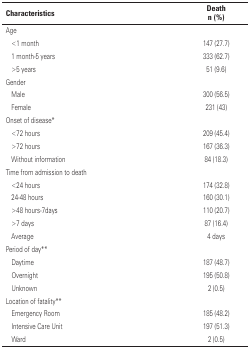
<table><thead><tr><td colspan="2"><b>Characteristics</b></td><td><b>Death n (%)</b></td></tr></thead><tbody><tr><td colspan="3">Age</td></tr><tr><td>[EMPTY_CELL]</td><td>&lt;1 month</td><td>147 (27.7)</td></tr><tr><td>[EMPTY_CELL]</td><td>1 month-5 years</td><td>333 (62.7)</td></tr><tr><td>[EMPTY_CELL]</td><td>&gt;5 years</td><td>51 (9.6)</td></tr><tr><td colspan="3">Gender</td></tr><tr><td>[EMPTY_CELL]</td><td>Male</td><td>300 (56.5)</td></tr><tr><td>[EMPTY_CELL]</td><td>Female</td><td>231 (43)</td></tr><tr><td colspan="3">Onset of disease*</td></tr><tr><td>[EMPTY_CELL]</td><td>&lt;72 hours</td><td>209 (45.4)</td></tr><tr><td>[EMPTY_CELL]</td><td>&gt;72 hours</td><td>167 (36.3)</td></tr><tr><td>[EMPTY_CELL]</td><td>Without information</td><td>84 (18.3)</td></tr><tr><td colspan="3">Time from admission to death</td></tr><tr><td>[EMPTY_CELL]</td><td>&lt;24 hours</td><td>174 (32.8)</td></tr><tr><td>[EMPTY_CELL]</td><td>24-48 hours</td><td>160 (30.1)</td></tr><tr><td>[EMPTY_CELL]</td><td>&gt;48 hours-7days</td><td>110 (20.7)</td></tr><tr><td>[EMPTY_CELL]</td><td>&gt;7 days</td><td>87 (16.4)</td></tr><tr><td>[EMPTY_CELL]</td><td>Average</td><td>4 days</td></tr><tr><td colspan="3">Period of day**</td></tr><tr><td>[EMPTY_CELL]</td><td>Daytime</td><td>187 (48.7)</td></tr><tr><td>[EMPTY_CELL]</td><td>Overnight</td><td>195 (50.8)</td></tr><tr><td>[EMPTY_CELL]</td><td>Unknown</td><td>2 (0.5)</td></tr><tr><td colspan="3">Location of fatality**</td></tr><tr><td>[EMPTY_CELL]</td><td>Emergency Room</td><td>185 (48.2)</td></tr><tr><td>[EMPTY_CELL]</td><td>Intensive Care Unit</td><td>197 (51.3)</td></tr><tr><td>[EMPTY_CELL]</td><td>Ward</td><td>2 (0.5)</td></tr></tbody></table>